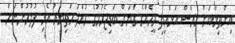
އިންތިޚާބަށް ހުރަސް އަޅައިފި މީހެއްގެ ގަޔަށް ބަޑިޖެހުމުގެ ހުއްދަ ހަތިޔާރު އެޅި ފުލުހުންނަށް